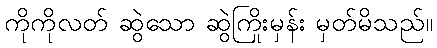
ကိုကိုလတ် ဆွဲသော ဆွဲကြိုးမှန်း မှတ်မိသည်။